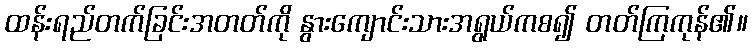
ထန်းရည်တက်ခြင်းအတတ်ကို နွားကျောင်းသားအရွယ်ကစ၍ တတ်ကြကုန်၏။